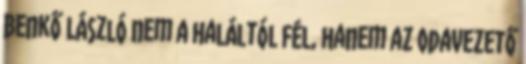
Benkő László nem a haláltól fél, hanem az odavezető